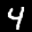
Label: 4